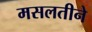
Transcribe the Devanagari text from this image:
मसलतीने